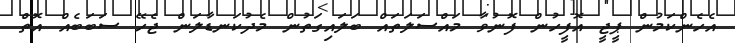
އެހެންކަމުން ޕީޖީ އޮފީހުން ފޮނުވާ މައްސަލަތައް ބަލައިގަތުން މެދުކަނޑާލަން ޖެހޭ ސަބަބެއް އޮތް